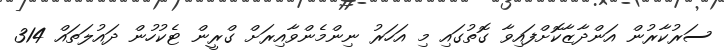
ސަރުކާރުން އަންދާޒާކޮށްފައިވާ ގޮތުގައި މި އަހަރު ނިންމެންވާއިރަށް ގްރީން ޓެކުހުން ދައުލަތައް 314